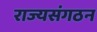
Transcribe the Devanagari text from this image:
राज्यसंगठन